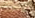
الإفلاس